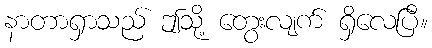
နာတာရှာသည် ဤသို့ တွေးလျက် ရှိလေပြီ။